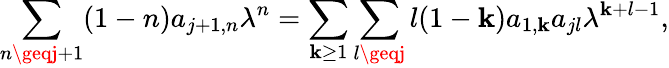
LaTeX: \sum_{n\geqj+1}(1-n)a_{j+1,n}\lambda^{n}=\sum_{\mathbf{k}\geq1}\sum_{l\geqj}l(1-\mathbf{k})a_{1,\mathbf{k}}a_{jl}\lambda^{\mathbf{k}+l-1},